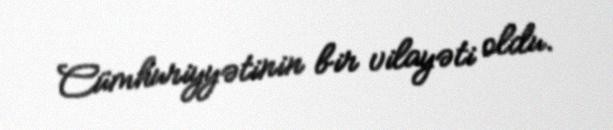
Cümhuriyyətinin bir vilayəti oldu.